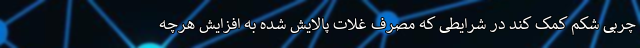
چربی شکم کمک کند در شرایطی که مصرف غلات پالایش شده به افزایش هرچه